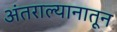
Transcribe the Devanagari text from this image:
अंतराल्यानातून